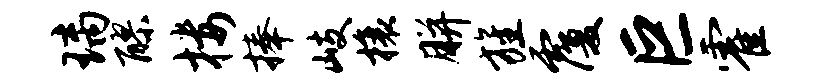
璃醪楼捧岐榱胼旌覆巨霍